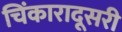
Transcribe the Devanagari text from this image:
चिंकारादूसरी